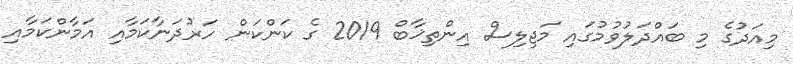
މިއަދުގެ މި ބައްދަލުވުމުގައި މަޖިލިސް އިންތިޚާބް 2019 ގެ ކަންކަން ހަރުދަނާކަމާއި އަމާންކަމާއި